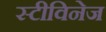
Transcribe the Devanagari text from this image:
स्टीविनेज